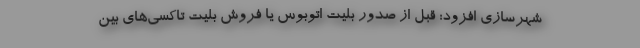
شهرسازی افزود: قبل از صدور بلیت اتوبوس یا فروش بلیت تاکسی‌های بین